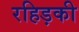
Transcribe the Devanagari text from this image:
रहिड़की